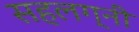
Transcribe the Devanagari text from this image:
सहलग्नी